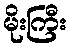
မိုးကြီး